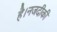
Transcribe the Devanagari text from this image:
है।नजदीकी